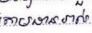
តាមដានរាល់